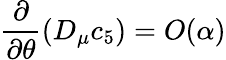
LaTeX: \frac{\partial}{\partial\theta}(D_{\mu}c_{5})=O(\alpha)